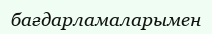
бағдарламаларымен